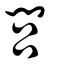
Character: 閭